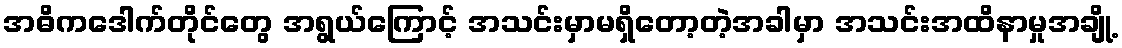
အဓိကဒေါက်တိုင်တွေ အရွယ်ကြောင့် အသင်းမှာမရှိတော့တဲ့အခါမှာ အသင်းအထိနာမှုအချို့